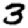
Digit: 3